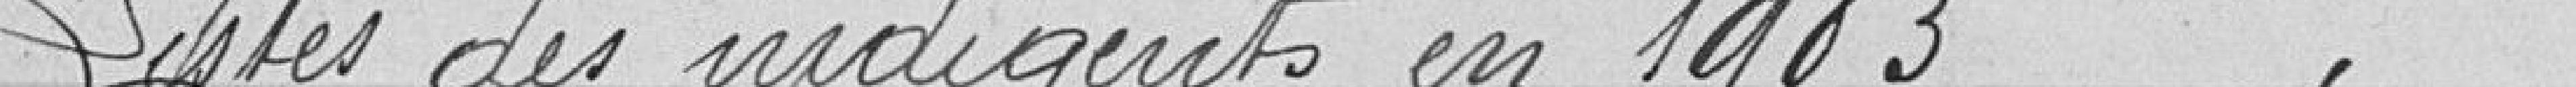
Liste des indigents en 1903